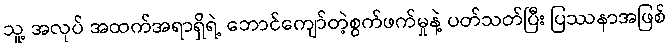
သူ့ အလုပ် အထက်အရာရှိရဲ့ ဘောင်ကျော်တဲ့စွက်ဖက်မှုနဲ့ ပတ်သတ်ပြီး ပြဿနာအဖြစ်